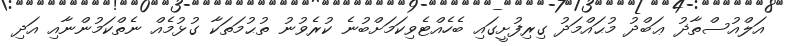
އަލްއުސްތާޛު ޢަބްދު މުޙައްމަދު ގިރިފުށީގައި ބެހެއްޓެވިކަމަށްބުނެ ކުރެވުނު ތުޙުމަތަކާ ގުޅުމެއް ނެތްކަމުންނާއި އަދި